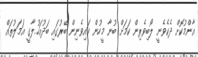
އާންމުކޮށް ދެކެވެނީ ލޯބިވެރިން ކަމަށް ބުނާ މީހުން ކައިވެނިން ބޭރުގައި ބަދުއަހުލާގީ އަމަލުތައް